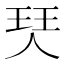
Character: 珡